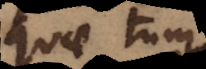
quae tum